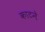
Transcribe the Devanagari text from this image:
काटनेे